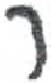
אות: ר